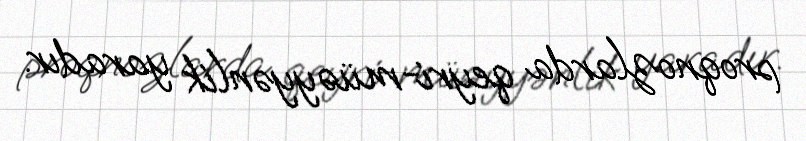
proqnozlarda qeyri-müəyyənlik yaradır.